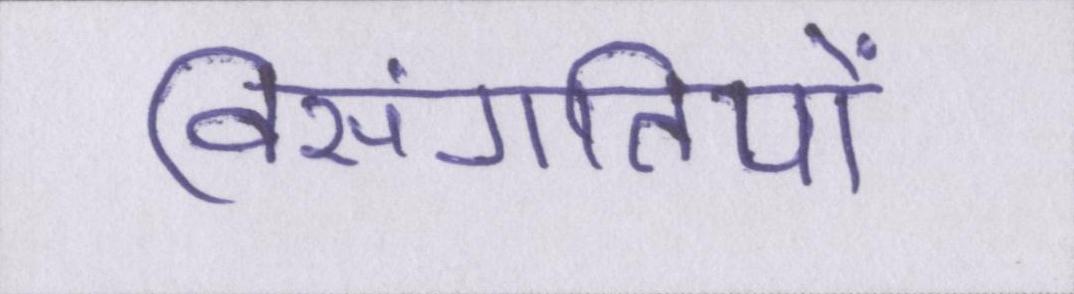
विसंगतियों